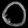
Digit: ၀